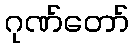
ဂုဏ်တော်